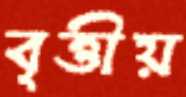
বৃত্তীয়